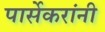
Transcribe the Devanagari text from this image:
पार्सेकरांंनी